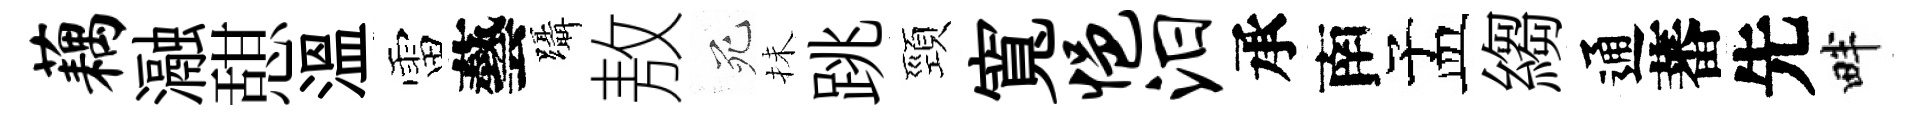
藕瀜憇溫雷藝躡敖死抺跳頸寬悒汨承南孟縐通蕃先畔